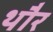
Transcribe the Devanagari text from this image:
थौर